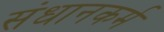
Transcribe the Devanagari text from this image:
संधानकर्म